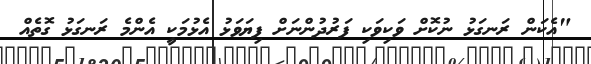
"އެކަން ރަނގަޅު ނުކޮށް ވަކިވަކި ފަރުދުންނަށް ފިޔަވަޅު އެޅުމަކީ އެންމެ ރަނގަޅު ގޮތެއް